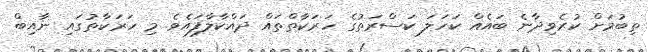
ތިބުމަށް ކުރެވިދާނެ ބައެއް ކަހަލަ ކަސްރަތުގެ ހަރަކާތްތައް ދައްކާލާފައެވެ. މި ހަރަކާތުގައި ނާއިބް